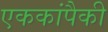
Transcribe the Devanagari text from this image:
एककांपैकी